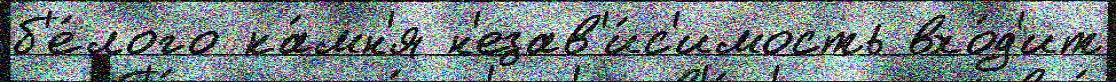
б'е́лого ка́мн'я н'езав'и́с'имость вхо́д'ит